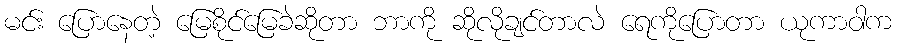
မင်း ပြောနေတဲ့ မြေစိုင်မြေခဲဆိုတာ ဘာကို ဆိုလိုချင်တာလဲ ရေကိုပြောတာ ယုကာဝါက